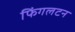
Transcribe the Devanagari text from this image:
फिंगलटन